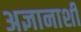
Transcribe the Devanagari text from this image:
अज्ञानाशी